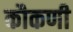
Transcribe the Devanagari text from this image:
कौकणी